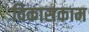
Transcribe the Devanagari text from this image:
विकासकाम